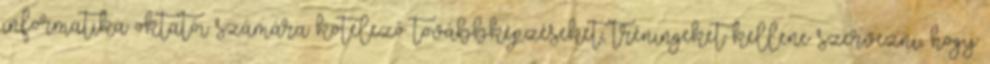
informatika oktatói számára kötelező továbbképzéseket, tréningeket kellene szervezni, hogy